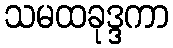
သမထခုဒ္ဒကာ